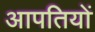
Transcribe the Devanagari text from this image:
आपतियों